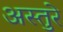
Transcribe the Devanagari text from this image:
अस्तुरे